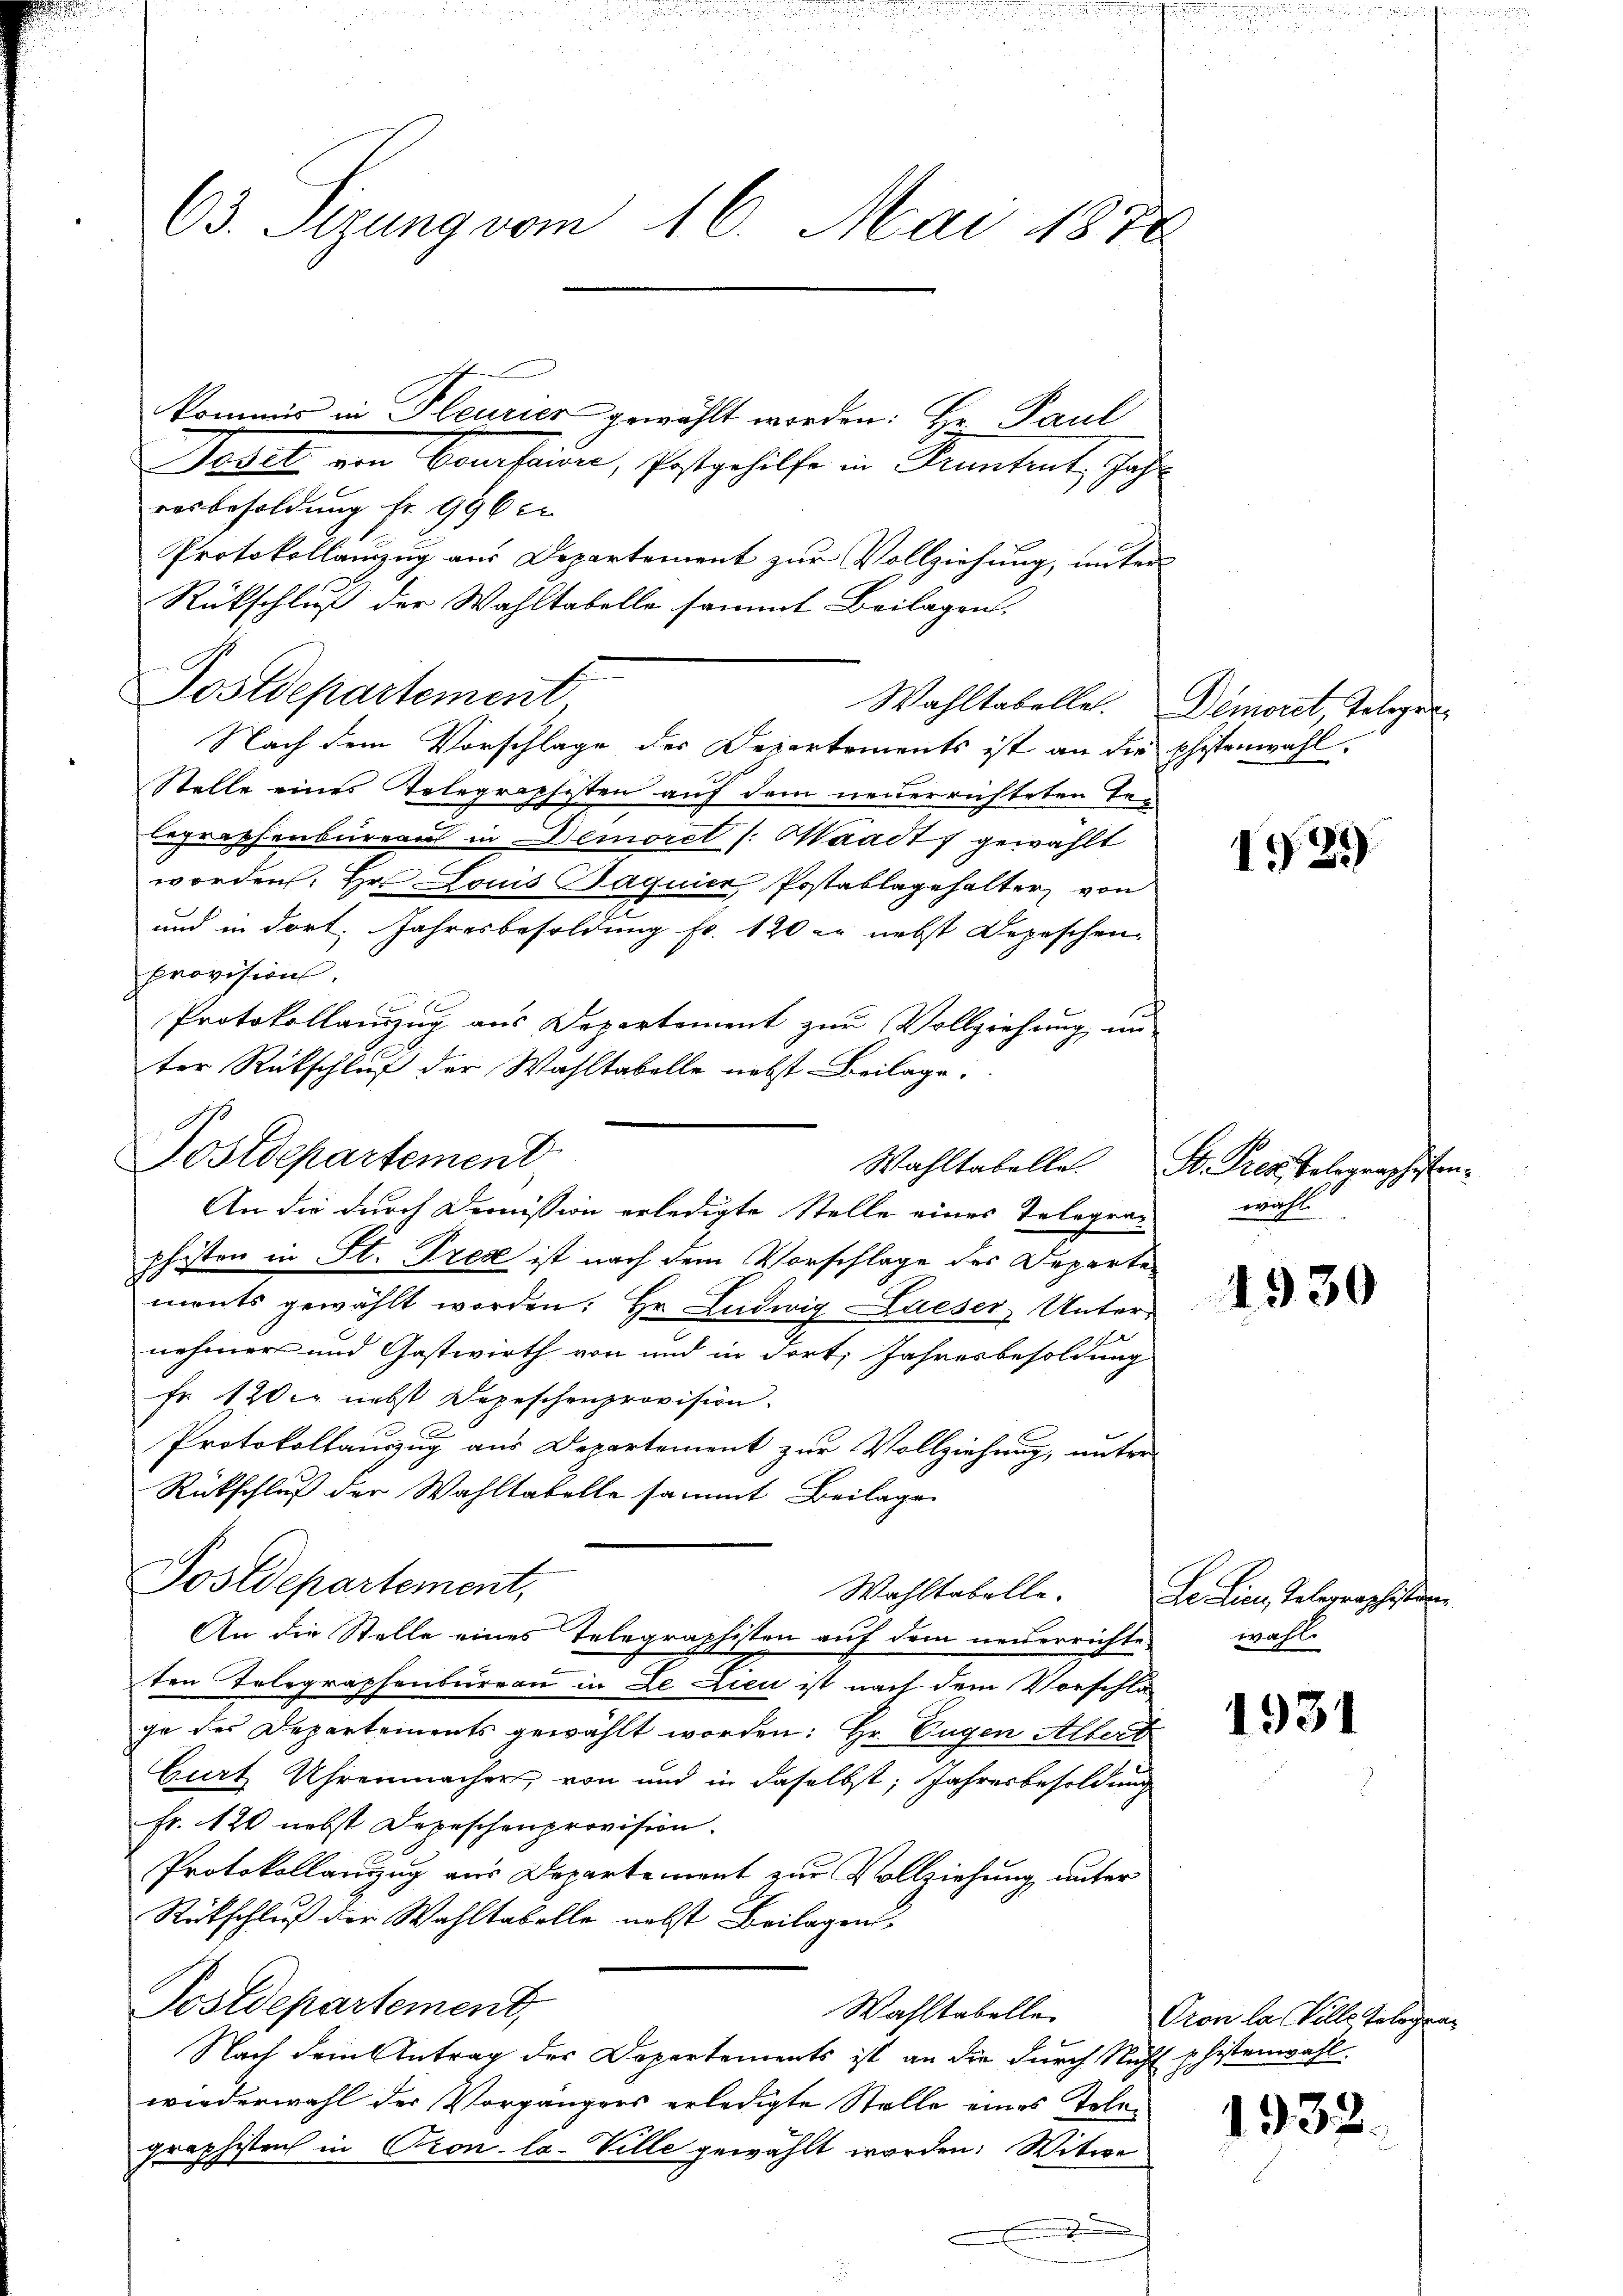
63. Sirung vom 16. Mai 1888

D
Postdepartement

kommis in Pleurier gewählt worden: Hr. Paul

Dedit ein Consenden, Erstgehilfe in Kenntent, Jahr
rosbesoldung fr. 996 er
Protokollanzug aus Departement zur Vollziehung, unter
Rückschluß der Wahltabelle sammt Beilagen,
Postdepartement
Nach dem Vorschlage des Departements ist an die Ehestenwahl.
Stelle eines Telegraphisten auf dem neuerrichteten Te¬
Erpraphenbureaus in Demorel /: Waadt gewählt
worden. Hr Louis Jaquier Postablagehalter von
und in dort. Jahresbesoldung fr. 120 er nebst Depeschen,
Provision.
 x
Protokollamung aus Departement zur Vollziehung unter Rückschluß der Wahltabelle nebst Beilage.
pfisten in St. Prex ist nach dem Vorschlage des Departements gewählt worden; Hr. Ludwig Lueser Unternehmer und Gastwirth von und in dort Jahresbesoldung
fr 120 er nebst Depeschenprovision.
Protokollauszug aus Departement zur Vollziehung, unter
Rückschluß der Wahltabelle sammt Beilage
Postdepartement,
Wahltabelle.
An die Stelle eines Telegraphisten auf dem neuerrichte wohl
ten Telegraphenbüreau in Le Lieu ist nach dem Vorschläge des Departements gewählt worden: Hr. Eugen Albert
Curt Uhrenmacher, von und in daselbst, Jahresbesoldung
Fr. 120 nebst Depeschenprovision.
Protokollanzzug aus Departement zur Vollziehung unter
Rückschluß der Wahltabelle nebst Beilagen¬
Postdepartement,
Wahltabelle
Nach dem Antrag des Departements ist an die durch Nicht phistenwahl.
wiederwahl der Vorgängers erledigte Stelle eines Telegraphisten in Cronla-Ville gewählt worden. Witwe
.

An die durch Demission erledigte Stelle eines Telegra¬

Wahltabelle. Demort, Telegra¬

Wahltabelle. St. Prentelegraphistenwihl.

De Lieu, Telegraphisten

Pron la Ville Gelegra¬

1339)

1930

1931

1932.